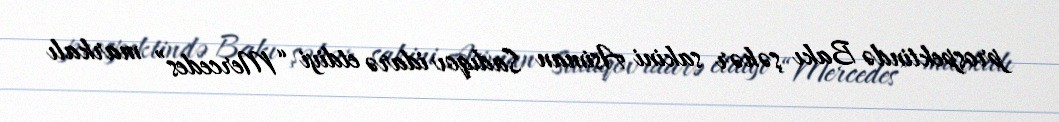
prospektində Bakı şəhər sakini Asiman Sadıqov idarə etdiyi “Mercedes” markalı